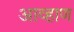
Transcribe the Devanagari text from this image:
आव्हाण